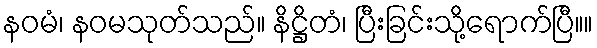
နဝမံ၊ နဝမသုတ်သည်။ နိဋ္ဌိတံ၊ ပြီးခြင်းသို့ရောက်ပြီ။။